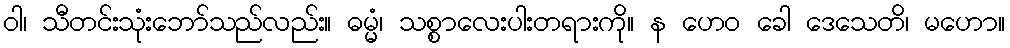
ဝါ၊ သီတင်းသုံးဘော်သည်လည်း။ ဓမ္မံ၊ သစ္စာလေးပါးတရားကို။ န ဟေဝ ခေါ ဒေသေတိ၊ မဟော။